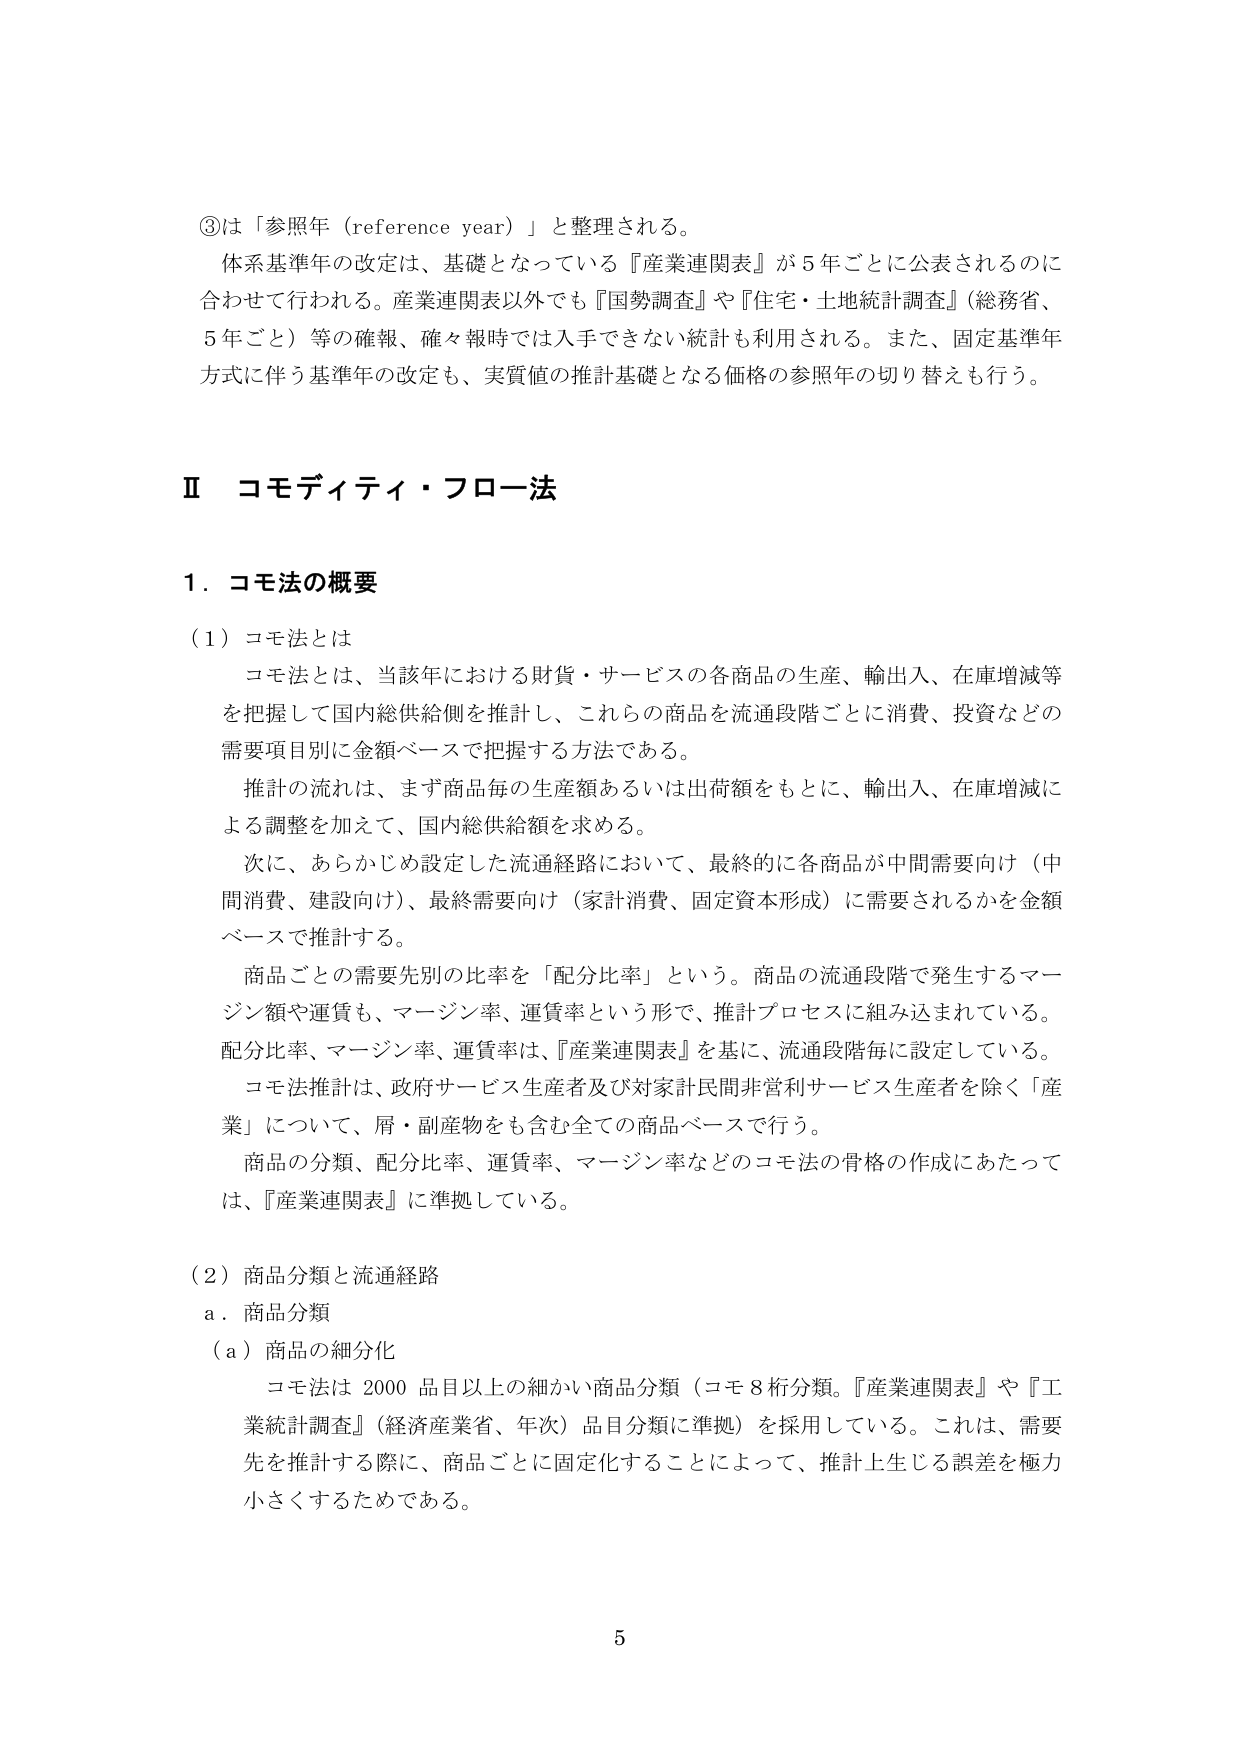
③は「参照年（reference year）」と整理される。
体系基準年の改定は、基礎となっている『産業連関表』が5年ごとに公表されるのに合わせて行われる。産業連関表以外でも『国勢調査』や『住宅・土地統計調査』（総務省、5年ごと）等の確報、確々報時では入手できない統計も利用される。また、固定基準年方式に伴う基準年の改定も、実質値の推計基礎となる価格の参照年の切り替えも行う。

Ⅱ コモディティ・フロー法

1．コモ法の概要

（1）コモ法とは
コモ法とは、当該年における財貨・サービスの各商品の生産、輸出入、在庫増減等を把握して国内総供給側を推計し、これらの商品を流通段階ごとに消費、投資などの需要項目別に金額ベースで把握する方法である。
推計の流れは、まず商品毎の生産額あるいは出荷額をもとに、輸出入、在庫増減による調整を加えて、国内総供給額を求める。
次に、あらかじめ設定した流通経路において、最終的に各商品が中間需要向け（中間消費、建設向け）、最終需要向け（家計消費、固定資本形成）に需要されるかを金額ベースで推計する。
商品ごとの需要先別の比率を「配分比率」という。商品の流通段階で発生するマージン額や運賃も、マージン率、運賃率という形で、推計プロセスに組み込まれている。配分比率、マージン率、運賃率は、『産業連関表』を基に、流通段階毎に設定している。
コモ法推計は、政府サービス生産者及び対家計民間非営利サービス生産者を除く「産業」について、屑・副産物をも含む全ての商品ベースで行う。
商品の分類、配分比率、運賃率、マージン率などのコモ法の骨格の作成にあたっては、『産業連関表』に準拠している。

（2）商品分類と流通経路
a．商品分類
（a）商品の細分化
コモ法は2000品目以上の細かい商品分類（コモ8桁分類。『産業連関表』や『工業統計調査』（経済産業省、年次）品目分類に準拠）を採用している。これは、需要先を推計する際に、商品ごとに固定化することによって、推計上生じる誤差を極力小さくするためである。

5